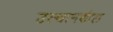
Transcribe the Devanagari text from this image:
उत्थानशील